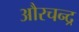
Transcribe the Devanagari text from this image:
औरचन्द्र